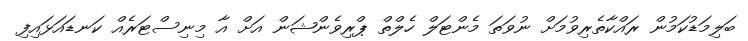
ބަލިމަޑުކަމުން ރައްކާތެރިވުމަށް ނުވަތަ މެންޓަލް ހެލްތް ޕްރިވެންޝަން އަށް އާ މިނިސްޓަރެއް ކަނޑައަޅައިފި